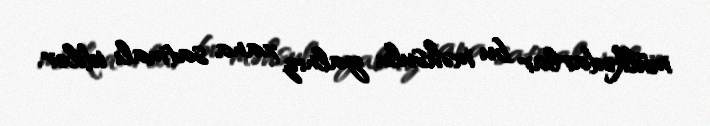
mülkədarlar bu məhsulu yalnız xana satmalı idilər.